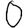
Digit: 0